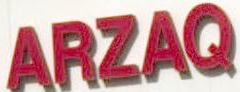
ARZAQ